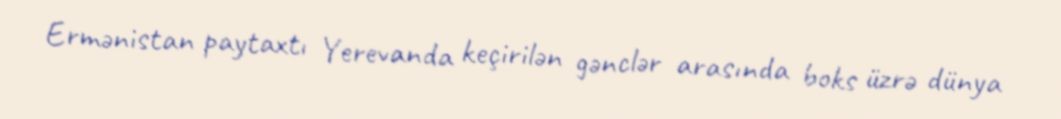
Ermənistan paytaxtı Yerevanda keçirilən gənclər arasında boks üzrə dünya